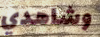
وشاهدي